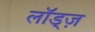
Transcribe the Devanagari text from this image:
लॉड्ज़